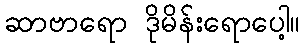
ဆာဗာရော ဒိုမိန်းရောပေါ့။